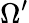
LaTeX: \Omega^{\prime}